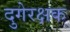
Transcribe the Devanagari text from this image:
दुगेरक्षक